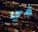
قي